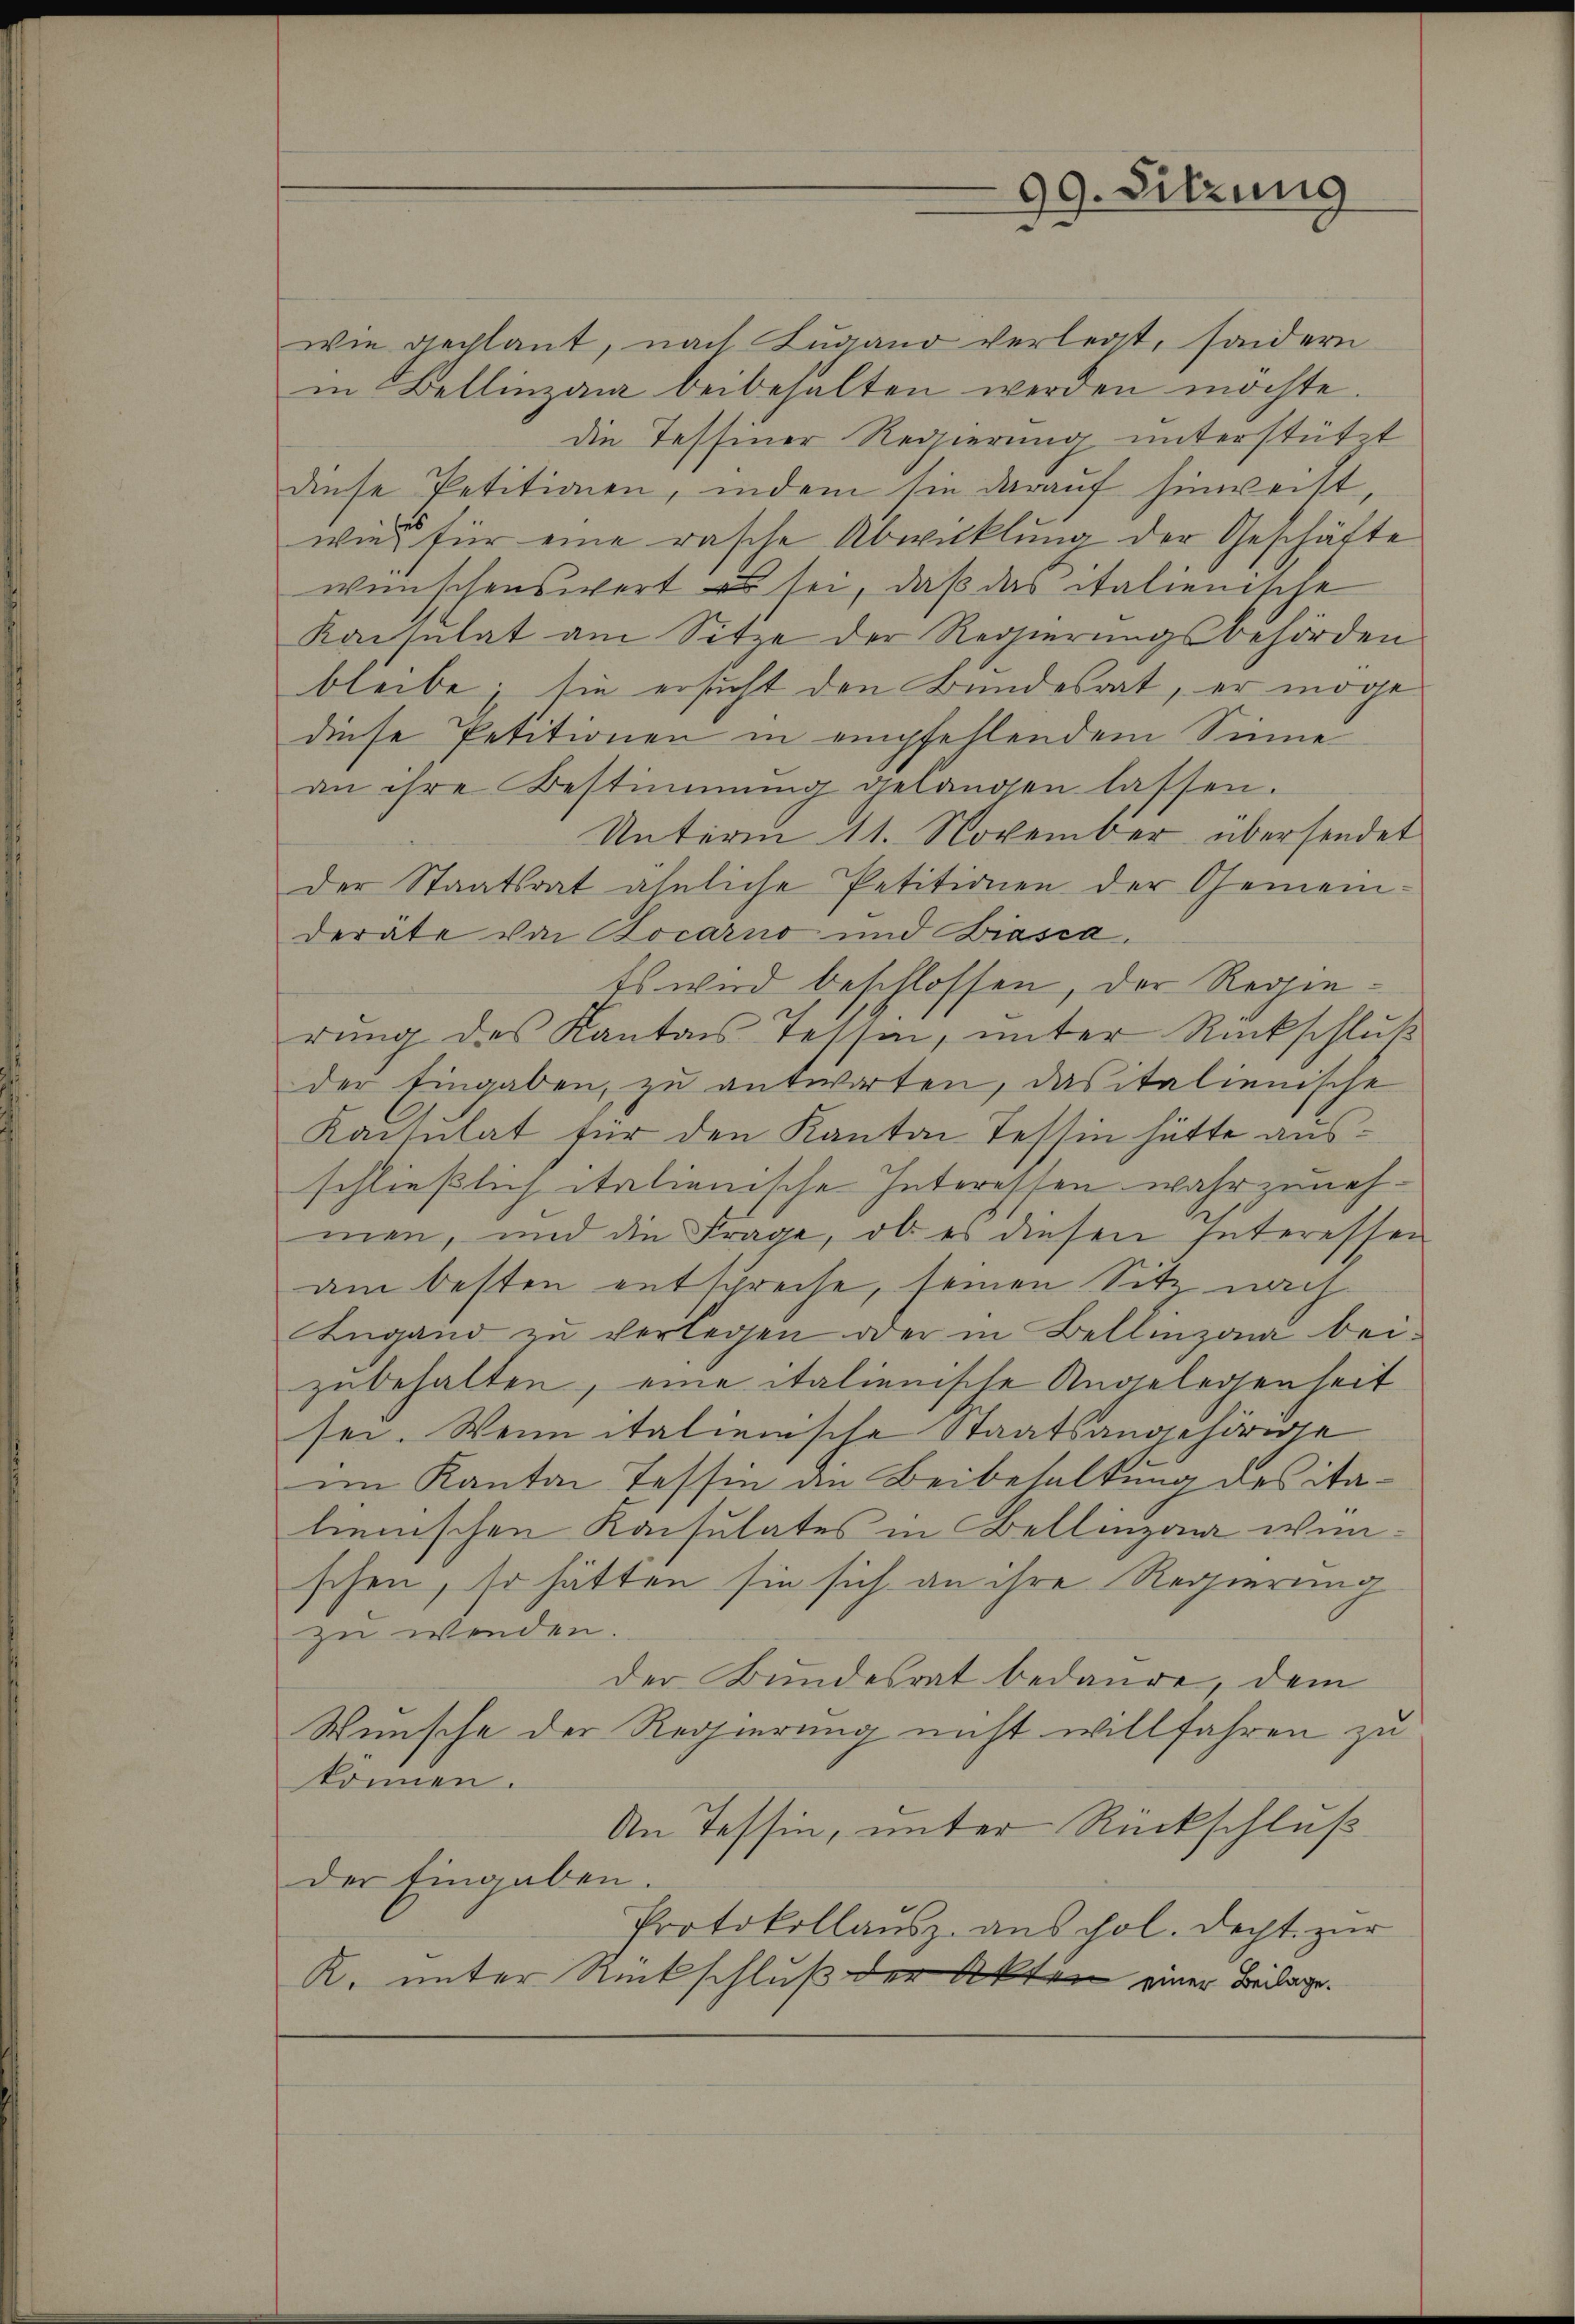
99. Sitzung

wie geplant, nach Lugano verlegt, sondern
in Bellinzona beibehalten werden möchte.
die Tessiner Regierung unterstützt
diese Petitionen, indem sie darauf hinweist,
wie für eine rasche Abwicklung der Geschäfte
wünschenswert es sei, daß das italienische
Konsulat am Sitze der Regierungsbehörden
bleibe; sie ersucht den Bundesrat, er möge
diese Petitionen in empfehlendem Sinne
an ihre Bestimmung gelangen lassen.
Unterm 11. November übersendet
der Staatsrat ähnliche Petitionen der Gemein-
derate von Bocarno und Biasca.
Es wird beschlossen, der Regierung des Kantons Tessin, unter Rückschluß
der Eingaben, zu antworten, dasitalienische
Kaisulat für den Kanton Tessin hätte ausschließlich italienische Interessen wahrzunehmen, und die Frage, ob es diesen Interessen
am besten entspreche, seinen Sitz nach
Ingand zu verlegen oder in Bellinzona beizubehalten, eine italienische Angelegenheit
sei. Wenn italienische Staatsangehörige
im Kanton Tessin die Beibehaltung des italienischen Konsulates in Bellinzona wunschen, so hätten sie sich an ihre Regierung
zu werden.
der Bundesrat bedaure, dem
Wunsche der Regierung nicht willfahren zu
können.
An Tessin, unter Rückschluß
der Eingaben.
Protokollausz. aus fol. Recht zur
K. unter Rückschluß der Akten einer Beilage.